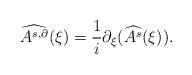
LaTeX: \begin{align*} \widehat{A^{s,\partial}}(\xi) = \frac 1 {i} \partial_{\xi} ( \widehat{A^s}(\xi)). \end{align*}